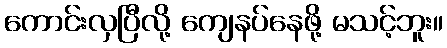
ကောင်းလှပြီလို့ ကျေနပ်နေဖို့ မသင့်ဘူး။